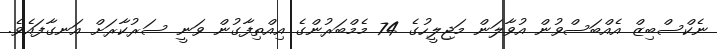
ނެކްސްބިޒް އެއްބަސްވުން އުވާލަން މަޖިލީހުގެ 74 މެމްބަރުންގެ އިއްތިފާގުން ވަނީ ސަރުކާރަށް އަނގާފައެވެ.